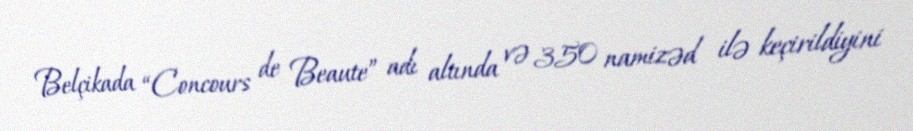
Belçikada “Concours de Beaute” adı altında və 350 namizəd ilə keçirildiyini